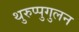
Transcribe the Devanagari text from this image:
थुरुप्पुगुलन